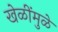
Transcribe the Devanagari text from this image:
खेळींमुळे